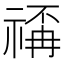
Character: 𥚳